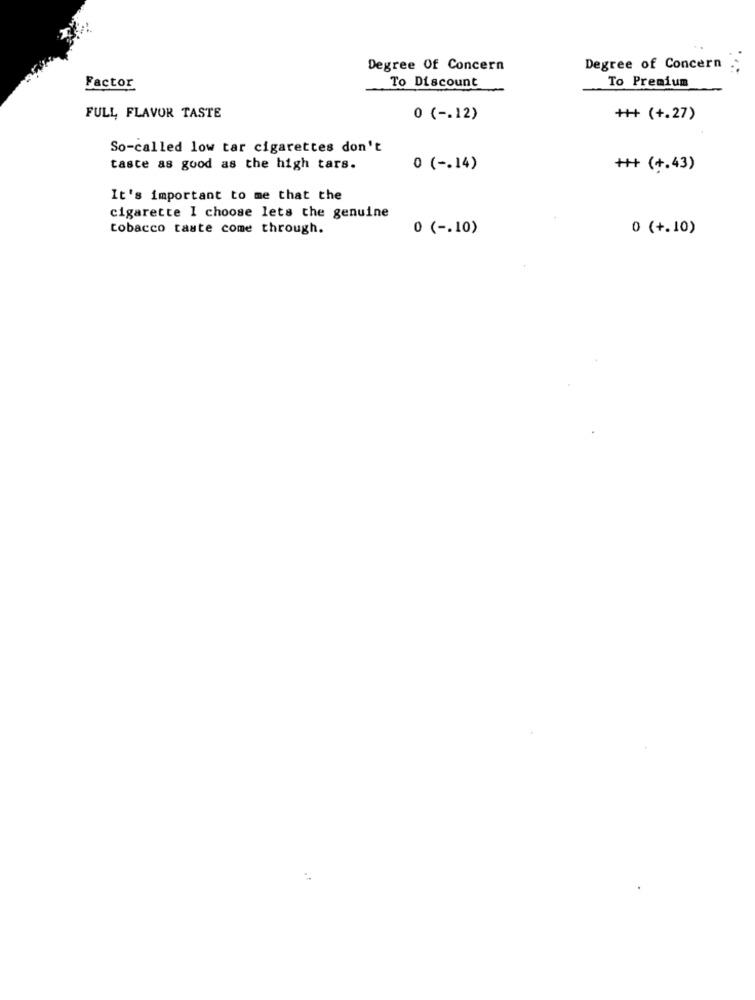
Degree Of Concern
Degree of Concern
Factor
To Discount
To Premium
FULL FLAVOR TASTE
0 ( -. 12)
++++ (+.27)
So-called low tar cigarettes don't
taste as good as the high tars.
0 ( -. 14)
+++ (+.43)
It's important to me that the
cigarette 1 choose lets the genuine
tobacco taste come through.
0 ( -. 10)
0 (+.10)